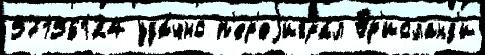
57156124 уда́чно п'ер'еjигра́л Эр'исланд'и